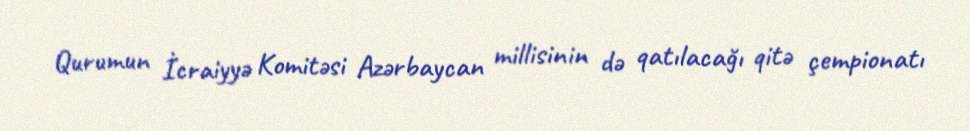
Qurumun İcraiyyə Komitəsi Azərbaycan millisinin də qatılacağı qitə çempionatı